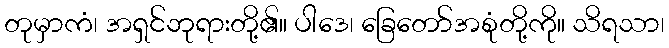
တုမှာကံ၊ အရှင်ဘုရားတို့၏။ ပါဒေ၊ ခြေတော်အစုံတို့ကို။ သိရသာ၊